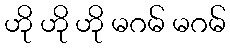
ဟို ဟို ဟို မဂမ် မဂမ်